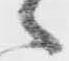
々